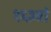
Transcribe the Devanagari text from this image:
१६३वां